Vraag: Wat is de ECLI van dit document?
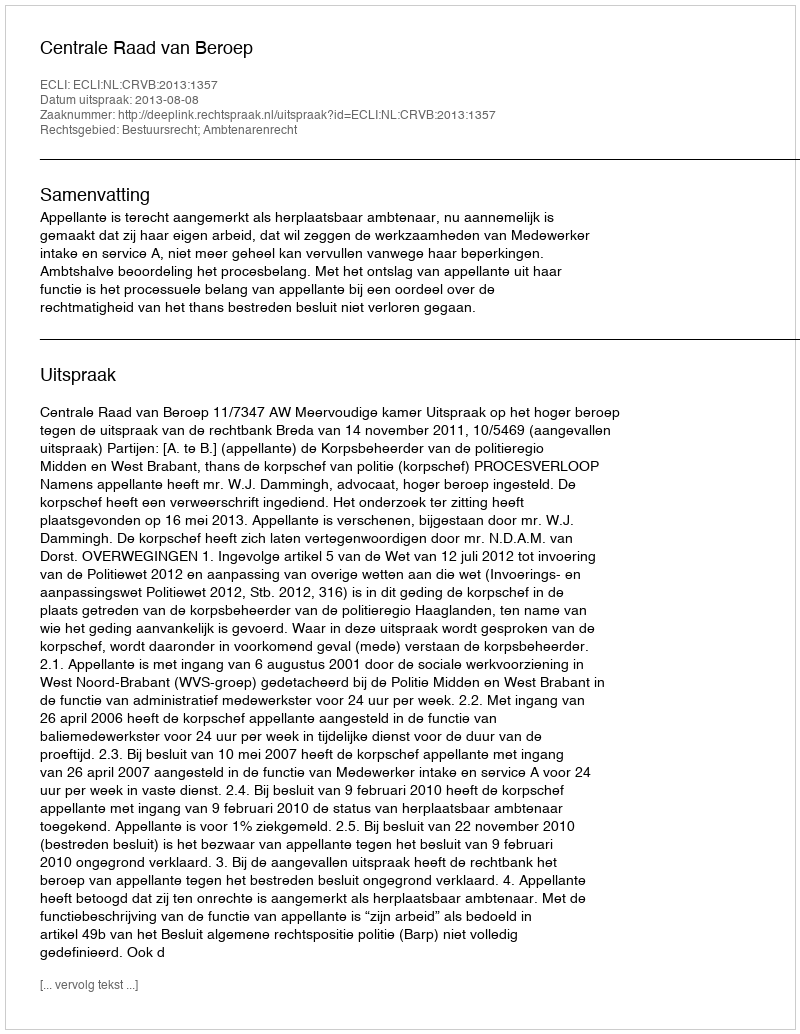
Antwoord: ECLI:NL:CRVB:2013:1357